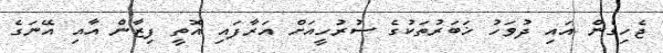
ޖެހިގެން އައި ދުވަހު ޚަބަރުތަކުގެ ސުރުހީއަށް އަރާފައި އޮތީ ފިޒާން އާއި އޭނަގެ